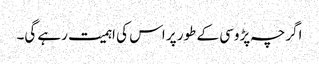
اگرچہ پڑوسی کے طور پر اس کی اہمیت رہے گی۔